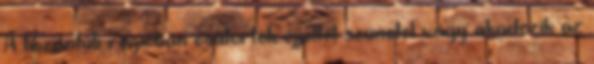
A tiszántúli régióban csütörtök éjjeltől szünetel vagy akadozik az